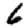
Digit: 6